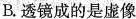
B.透镜成的是虚像